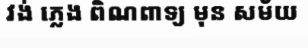
វង់ ភ្លេង ពិណពាទ្យ មុន សម័យ